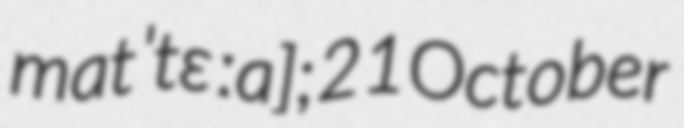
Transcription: matˈtɛːa]; 21 October